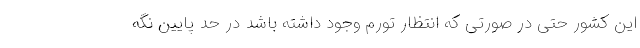
این کشور حتی در صورتی که انتظار تورم وجود داشته باشد در حد پایین نگه